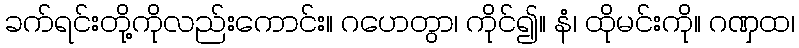
ခက်ရင်းတို့ကိုလည်းကောင်း။ ဂဟေတွာ၊ ကိုင်၍။ နံ၊ ထိုမင်းကို။ ဂဏှထ၊